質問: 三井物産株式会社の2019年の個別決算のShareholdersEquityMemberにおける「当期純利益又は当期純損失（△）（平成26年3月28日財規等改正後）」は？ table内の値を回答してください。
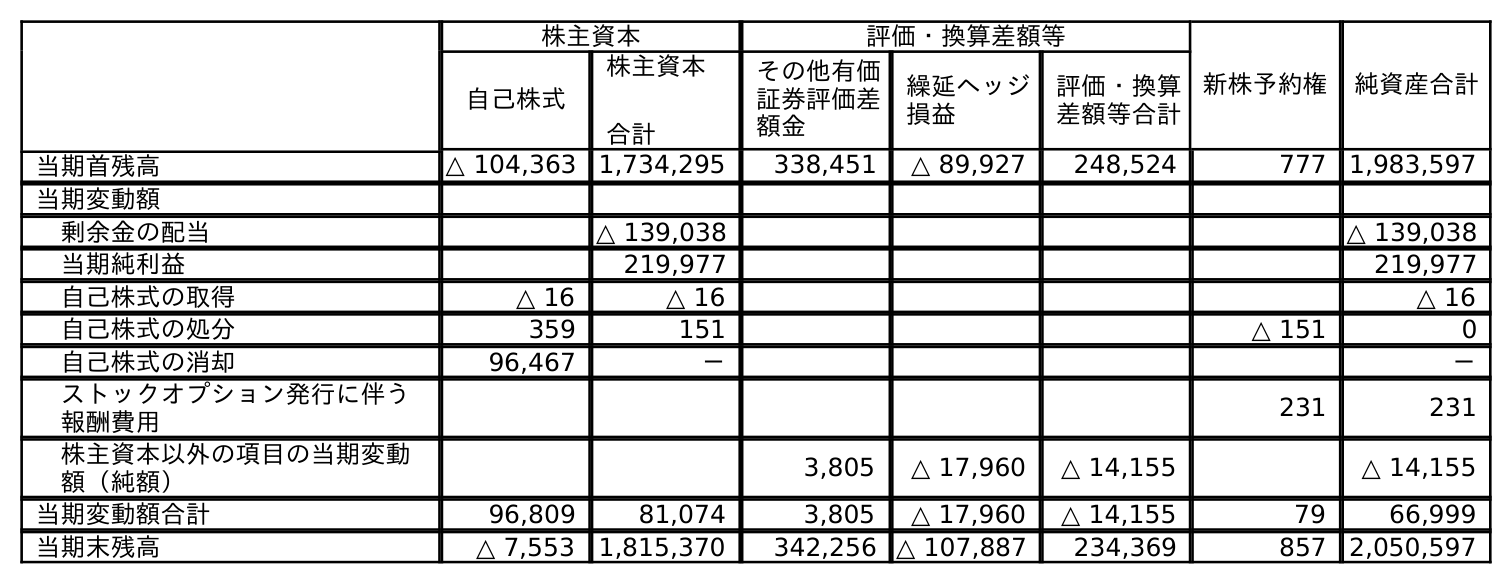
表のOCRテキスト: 株主資本 評価・換算差額等 新株予約権 純資産合計 自己株式 株主資本 合計 その他有価 証券評価差 額金 繰延ヘッジ 損益 評価・換算 差額等合計 当期首残高 △ 104,363 1,734,295 338,451 △ 89,927 248,524 777 1,983,597 当期変動額 剰余金の配当 △ 139,038 △ 139,038 当期純利益 219,977 219,977 自己株式の取得 △ 16 △ 16 △ 16 自己株式の処分 359 151 △ 151 0 自己株式の消却 96,467 － － ストックオプション発行に伴う 報酬費用 231 231 株主資本以外の項目の当期変動 額（純額） 3,805 △ 17,960 △ 14,155 △ 14,155 当期変動額合計 96,809 81,074 3,805 △ 17,960 △ 14,155 79 66,999 当期末残高 △ 7,553 1,815,370 342,256 △ 107,887 234,369 857 2,050,597
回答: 219,977